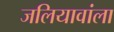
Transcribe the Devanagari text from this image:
जलियावांला